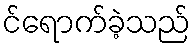
င်ရောက်ခဲ့သည်